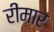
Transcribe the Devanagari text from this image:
रीमार